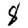
Digit: 8